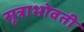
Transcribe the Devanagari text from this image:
सूत्राभोवती